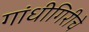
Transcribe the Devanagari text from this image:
गांधीगिरीचे